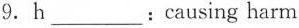
9. h___: causing harm